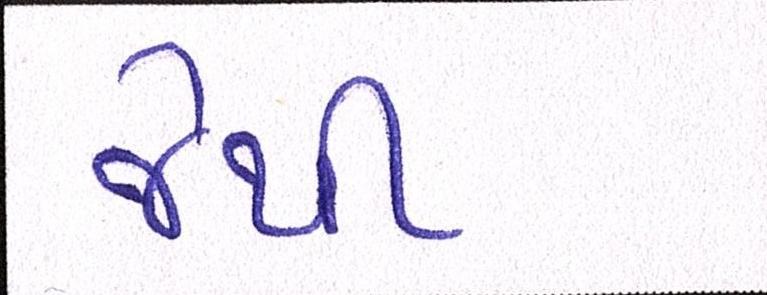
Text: જેથી